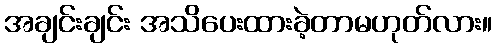
အချင်းချင်း အသိပေးထားခဲ့တာမဟုတ်လား။